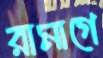
রামাগে